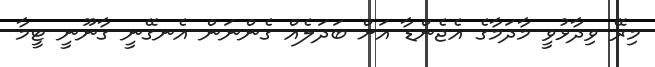
މިރޭ ވިދާޅުވީ މާދަމާގެ އެޖެންޑާ އަށް ބަދަލެއް ގެންނަން އެނގޭނީ ގާނޫނީ ޓީމާ